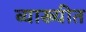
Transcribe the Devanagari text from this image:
व्याख्यीत